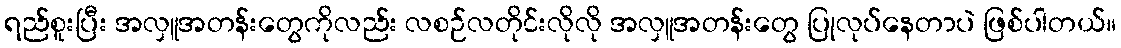
ရည်စူးပြီး အလှူအတန်းတွေကိုလည်း လစဉ်လတိုင်းလိုလို အလှူအတန်းတွေ ပြုလုပ်နေတာပဲ ဖြစ်ပါတယ်။